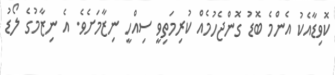
ކޮވިޑާއެކު އެންމެ ބޮޑު ގޮންޖެހުމެއް ކުރިމަތިވީ ސިއްހީ ނިޒާމަށެވެ. އެ ނިޒާމުގެ ލޯޑު